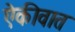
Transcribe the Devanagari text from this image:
ऐकीवात